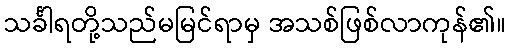
သင်္ခါရတို့သည်မမြင်ရာမှ အသစ်ဖြစ်လာကုန်၏။